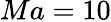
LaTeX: Ma=10